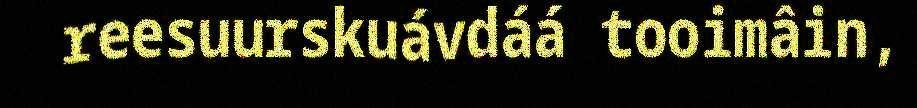
reesuurskuávdáá tooimâin,